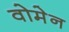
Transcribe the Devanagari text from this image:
वोमेन